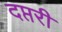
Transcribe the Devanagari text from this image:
दप्तरी